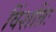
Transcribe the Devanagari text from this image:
विंशतिः